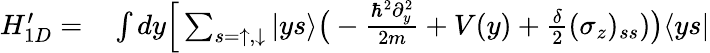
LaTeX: \begin{array}{rl}{H_{1D}^{\prime}=}&{{}\int dy\Big[\sum_{s=\uparrow,\downarrow}|ys\rangle\bigr(-\frac{\hbar^{2}\partial_{y}^{2}}{2m}+V(y)+\frac{\delta}{2}(\sigma_{z})_{ss})\bigr)\langle ys|}\end{array}